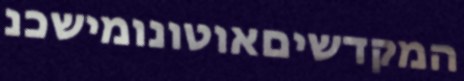
המקדשיםאוטונומישכנ